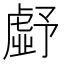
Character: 𮓪